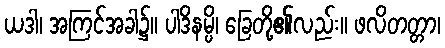
ယဒါ၊ အကြင်အခါ၌။ ပါဒိနမ္ပိ၊ ခြေတို့၏လည်း။ ဖလိတတ္တာ၊